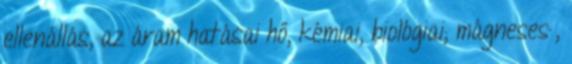
ellenállás, az áram hatásai hő, kémiai, biológiai, mágneses ,